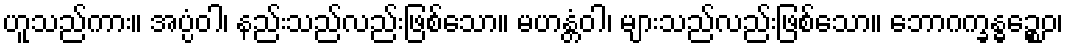
ဟူသည်ကား။ အပ္ပံဝါ၊ နည်းသည်လည်းဖြစ်သော။ မဟန္တံဝါ၊ များသည်လည်းဖြစ်သော။ ဘောဂက္ခန္ဓဉ္စေဝ၊